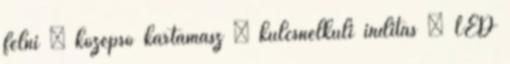
felni – középső kartámasz – kulcsnélküli indítás – LED